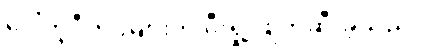
ပေါ်တူဂီတပ်များက မီးရှို့ ဖျက်ဆီးခဲ့သည်။